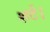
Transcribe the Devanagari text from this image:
शर्ट।